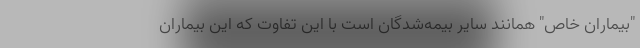
"بیماران خاص" همانند سایر بیمه‌شدگان است با این تفاوت که این بیماران